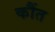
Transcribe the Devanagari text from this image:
कौंत